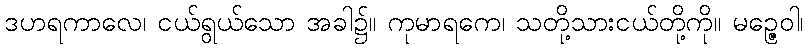
ဒဟရကာလေ၊ ငယ်ရွယ်သော အခါ၌။ ကုမာရကေ၊ သတို့သားငယ်တို့ကို။ မဉ္ဇေဝါ၊